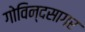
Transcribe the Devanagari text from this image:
गोविन्दसागर